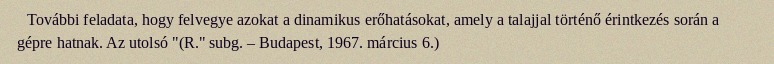
További feladata, hogy felvegye azokat a dinamikus erőhatásokat, amely a talajjal történő érintkezés során a gépre hatnak. Az utolsó "(R." subg. – Budapest, 1967. március 6.)